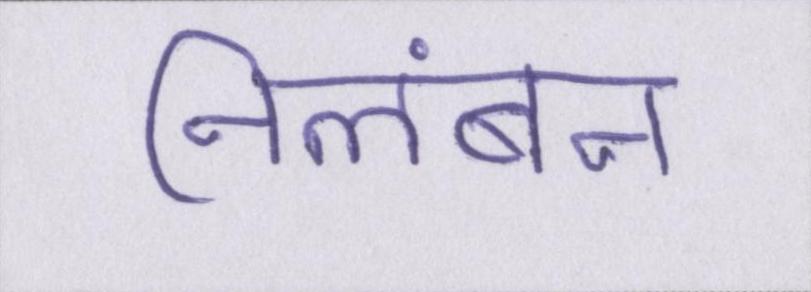
निलंबन